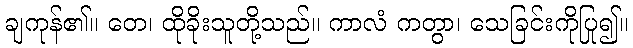
ချကုန်၏။ တေ၊ ထိုခိုးသူတို့သည်။ ကာလံ ကတွာ၊ သေခြင်းကိုပြု၍။